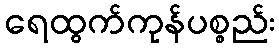
ရေထွက်ကုန်ပစ္စည်း